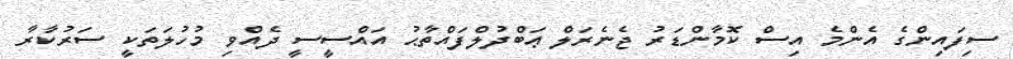
ސިފައިންގެ އެންމެ އިސް ކޮމާންޑަރު ޖެނެރަލް ޢަބްދުލްފައްތާޙު އައްސީސީ ދެއްވި މުހުލަތަކީ ސަރުކާރާ